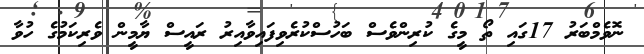
ނޮވެމްބަރު 17ގައި ތޯ މީގެ ކުރިންވެސް ބަހުސްކުރެވިފައިވާއިރު ރައީސް ޔާމީން ވެރިކަމުގެ ހުވާ